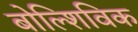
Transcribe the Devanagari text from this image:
बोल्शिविक